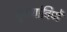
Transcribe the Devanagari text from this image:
सुवर्णाविणें